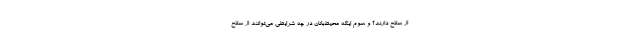
از سلاح دارند؟ و سوم اینکه محیط‌بانان در چه شرایطی می‌توانند از سلاح